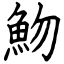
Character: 魩